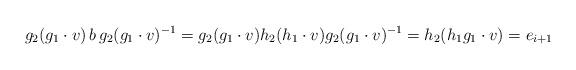
LaTeX: \begin{align*}g_2 ( g_1\cdot v) \, b \,g_2 ( g_1\cdot v)^{-1} =g_2 ( g_1\cdot v) h_2 ( h_1\cdot v)g_2 (g_1\cdot v)^{-1} = h_2 ( h_1g_1 \cdot v) =e_{i+1}\end{align*}